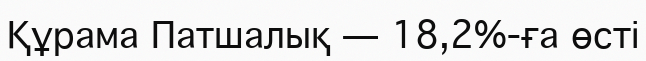
Құрама Патшалық — 18,2%-ға өсті